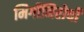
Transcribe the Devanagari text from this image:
मिर्गीनिरोधी